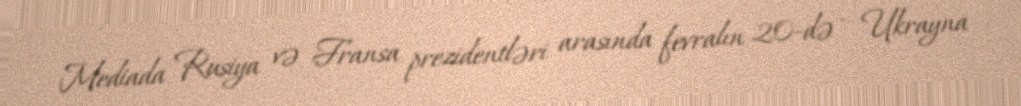
Mediada Rusiya və Fransa prezidentləri arasında fevralın 20-də - Ukrayna